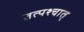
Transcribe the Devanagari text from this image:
तत्‍पश्‍चात्